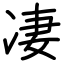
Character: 凄